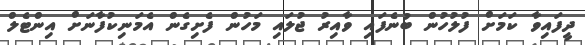
ދީފައިވާ ކަމަށް ފުލުހުން ބުނެފައި ވާއިރު ޖުލައި މަހުން ފެށިގެން އެމަނިކުފާނަށް އިންޓެލް